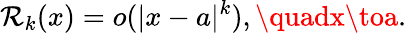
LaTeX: \mathcal{R}_{k}(x)=o(|x-a|^{k}),\quadx\toa.